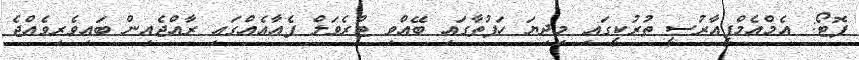
ފޮޓޯ: އެމްއެމްޕީއާރުސީ ތުރުކީގައި މިދިޔަ ހަފުތާގައި ބޭއްވި ޓްރެވަލް ފެއާއެއްގައި ރާއްޖެއިން ބައިވެރިވެއްޖެ